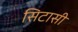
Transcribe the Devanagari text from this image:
सिटासी